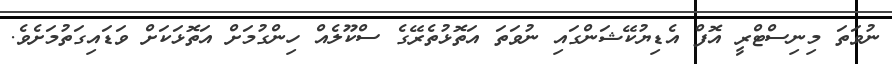
ނުވަތަ މިނިސްޓްރީ އޮފް އެޑިޔުކޭޝަންގައި ނުވަތަ އަތޮޅުތެރޭގެ ސްކޫލެއް ހިންގުމަށް އަތޮޅަކަށް ވަޑައިގަތުމަށެވެ.